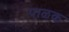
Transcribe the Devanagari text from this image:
पाळक